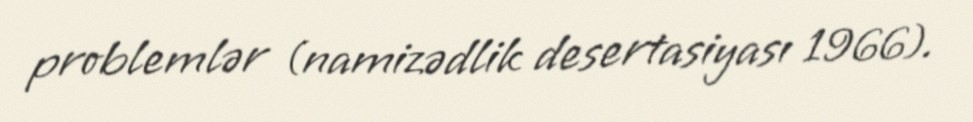
problemlər (namizədlik desertasiyası 1966).